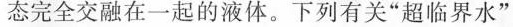
态完全交融在一起的液体。下列有关”超临界水”